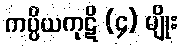
ကပ္ပိယကုဋိ (၄) မျိုး